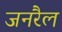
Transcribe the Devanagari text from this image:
जनरैल